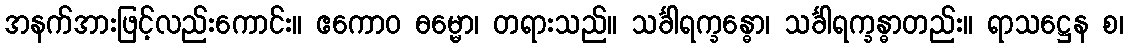
အနက်အားဖြင့်လည်းကောင်း။ ဧကောဝ ဓမ္မော၊ တရားသည်။ သင်္ခါရက္ခန္ဓော၊ သင်္ခါရက္ခန္ဓာတည်း။ ရာသဋ္ဌေန စ၊